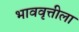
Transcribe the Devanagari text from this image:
भाववृत्तीला